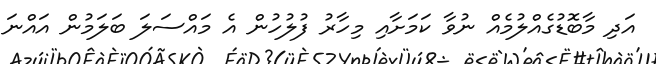
އަދި މާބޮޑުގެއްލުމެއް ނުވާ ކަމަށާއި މިހާރު ފުލުހުން އެ މައްސަލަ ބަލަމުން އައްނަ